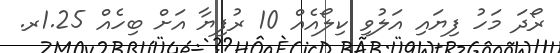
ރޯދަ މަހު ފިޔައި އަލުވި ކިލޯއެއް 10 ރުފިޔާ އަށް ބިހެއް 1.25ރ.